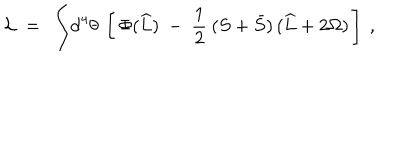
{ \cal L } \ = \ \int \! \mathrm { d } ^ { 4 } \theta \ \left[ \, \Phi ( \widehat L ) \ - \ \frac { 1 } { 2 } \: ( S + \bar { S } ) \, ( \widehat L + 2 \Omega ) \, \right] \ ,